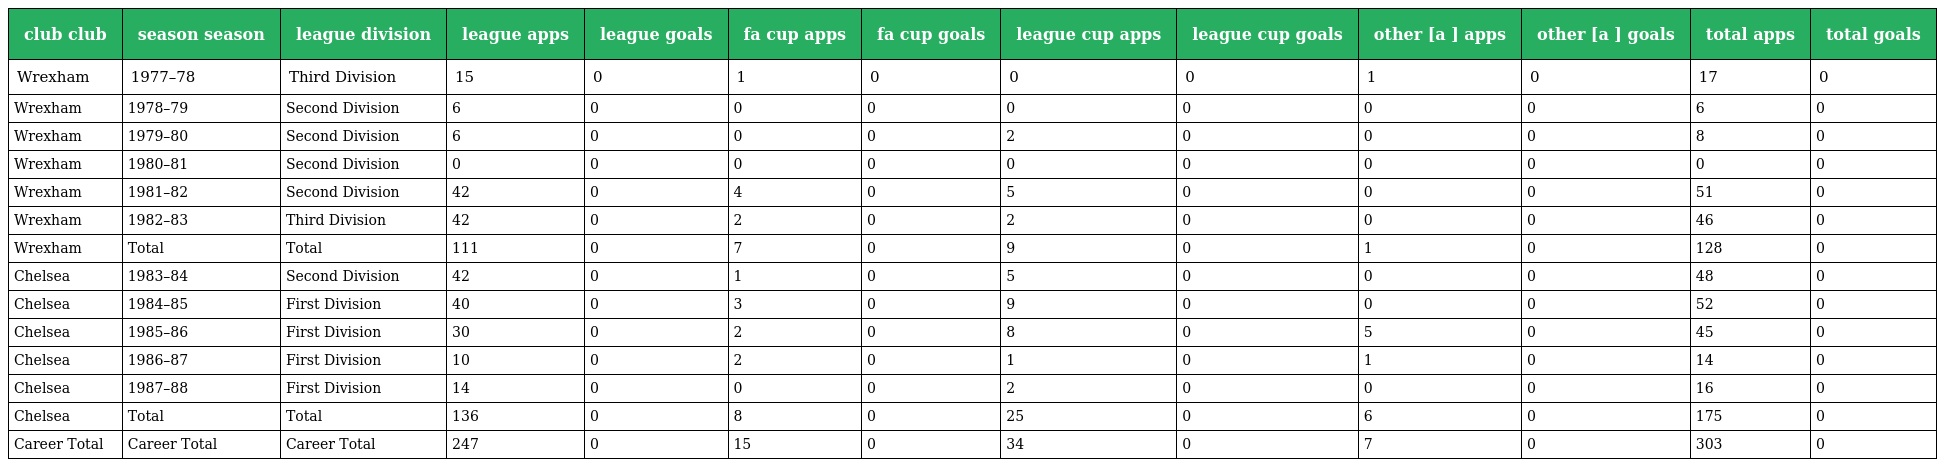
| club club | season season | league division | league apps | league goals | fa cup apps | fa cup goals | league cup apps | league cup goals | other [a ] apps | other [a ] goals | total apps | total goals |
 | --- | --- | --- | --- | --- | --- | --- | --- | --- | --- | --- | --- | --- |
 | Wrexham | 1977–78 | Third Division | 15 | 0 | 1 | 0 | 0 | 0 | 1 | 0 | 17 | 0 |
 | Wrexham | 1978–79 | Second Division | 6 | 0 | 0 | 0 | 0 | 0 | 0 | 0 | 6 | 0 |
 | Wrexham | 1979–80 | Second Division | 6 | 0 | 0 | 0 | 2 | 0 | 0 | 0 | 8 | 0 |
 | Wrexham | 1980–81 | Second Division | 0 | 0 | 0 | 0 | 0 | 0 | 0 | 0 | 0 | 0 |
 | Wrexham | 1981–82 | Second Division | 42 | 0 | 4 | 0 | 5 | 0 | 0 | 0 | 51 | 0 |
 | Wrexham | 1982–83 | Third Division | 42 | 0 | 2 | 0 | 2 | 0 | 0 | 0 | 46 | 0 |
 | Wrexham | Total | Total | 111 | 0 | 7 | 0 | 9 | 0 | 1 | 0 | 128 | 0 |
 | Chelsea | 1983–84 | Second Division | 42 | 0 | 1 | 0 | 5 | 0 | 0 | 0 | 48 | 0 |
 | Chelsea | 1984–85 | First Division | 40 | 0 | 3 | 0 | 9 | 0 | 0 | 0 | 52 | 0 |
 | Chelsea | 1985–86 | First Division | 30 | 0 | 2 | 0 | 8 | 0 | 5 | 0 | 45 | 0 |
 | Chelsea | 1986–87 | First Division | 10 | 0 | 2 | 0 | 1 | 0 | 1 | 0 | 14 | 0 |
 | Chelsea | 1987–88 | First Division | 14 | 0 | 0 | 0 | 2 | 0 | 0 | 0 | 16 | 0 |
 | Chelsea | Total | Total | 136 | 0 | 8 | 0 | 25 | 0 | 6 | 0 | 175 | 0 |
 | Career Total | Career Total | Career Total | 247 | 0 | 15 | 0 | 34 | 0 | 7 | 0 | 303 | 0 |